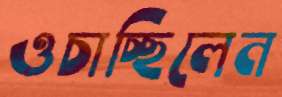
ওচাচ্ছিলেন